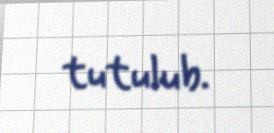
tutulub.